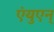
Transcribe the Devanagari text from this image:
एंयुएन्